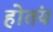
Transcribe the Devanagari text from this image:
होतंय